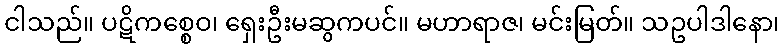
ငါသည်။ ပဋိကစ္စေဝ၊ ရှေးဦးမဆွကပင်။ မဟာရာဇ၊ မင်းမြတ်။ သဥပါဒါနော၊